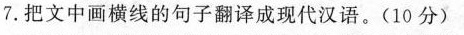
7.把文中画横线的句子翻译成现代汉语。(10分)